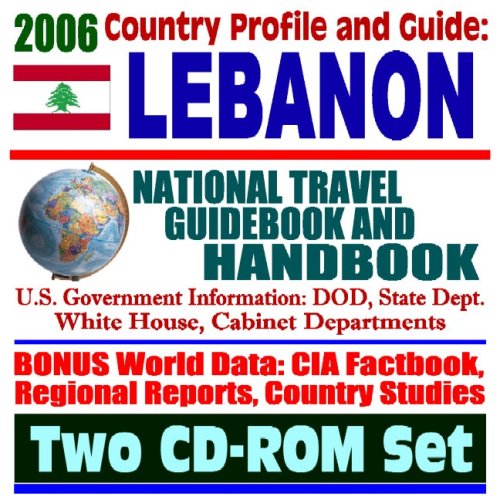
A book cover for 2006 Country Profile and Guide to Lebanon:  National Travel Guidebook and Handbook:  Israel and Hezbollah, 2006 Crisis and Evacuation, Prime Minister Siniora, Hariri Assassination (Two CD-ROM Set); U.S. Government; Travel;